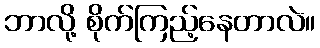
ဘာလို့ စိုက်ကြည့်နေတာလဲ။